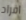
افراد